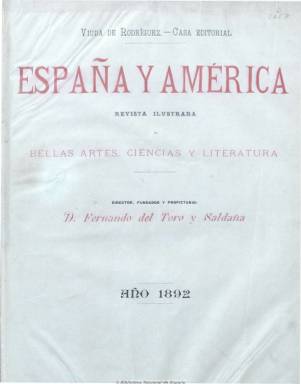
Título: España y América (Madrid. 1892)
Colección: Cultura
Ámbito geográfico: Madrid
Lugar de publicación: Madrid
Fechas: 03/01/1892-25/12/1892

Revista ilustrada de bellas artes, ciencias, literatura, deportes y modas, fundada y dirigida por Fernando del Toro y Saldaña. Salía los domingos y publica un gran número de grabados y fotograbados, a través del procedimiento de la fototipia, de vistas de lugares, paisajes, tipos y costumbres locales, retratos de celebridades y reproducciones de cuatros, esculturas y monumentos. Incluye artículos de crítica literaria y bellas artes, teatro y deportes (caza, pesca e hípica), así como actualidad de la industria y la ciencia, narraciones de viajes y eventos y composiciones poéticas. De entre ocho y doce páginas por número, en esta revista se dan cita tanto escritores de España como de la América de habla hispana. El tomo comienza con un índice de autores.